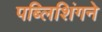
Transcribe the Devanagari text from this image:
पब्लिशिंगने